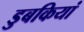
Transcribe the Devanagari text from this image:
डुबकियां